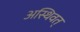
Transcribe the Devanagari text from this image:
अस्थिवत्